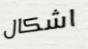
اشكال